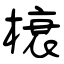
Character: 榱